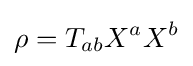
\rho =T_{ab}X^{a}X^{b}